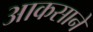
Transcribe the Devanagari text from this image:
आकसाने